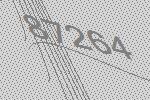
87264